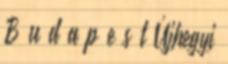
B u d a p e s t Újhegyi